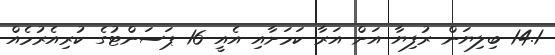
14.1 ބިލިޔަން ރުފިޔާ އަށް އަރާ ކަމަށާއި އެއީ 16 ޕަސަންޓުގެ ކުރިއެރުމެއް